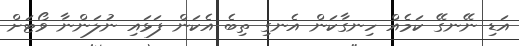
އަޑި ނޭނގޭ ކަމެއް ހިނގާކަން އެނގި ތިބެ އެކަން ފަޅައި ނުލަންނާ ވޯޓަށް